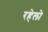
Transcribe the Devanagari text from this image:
रहेलो